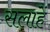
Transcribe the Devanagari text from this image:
सलाहें